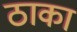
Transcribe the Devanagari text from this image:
ठाका